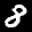
Label: 8